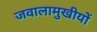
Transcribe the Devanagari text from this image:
जवालामुखीयों